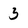
Character: 3